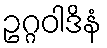
ဥဂ္ဂဝါဒိနံ